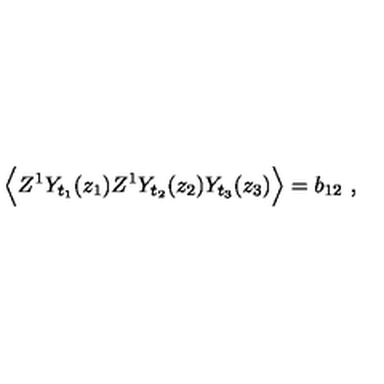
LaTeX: \Big \langle Z ^ { 1 } Y _ { t _ { 1 } } ( z _ { 1 } ) Z ^ { 1 } Y _ { t _ { 2 } } ( z _ { 2 } ) Y _ { t _ { 3 } } ( z _ { 3 } ) \Big \rangle = b _ { 1 2 } \ ,